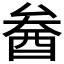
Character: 𨠒